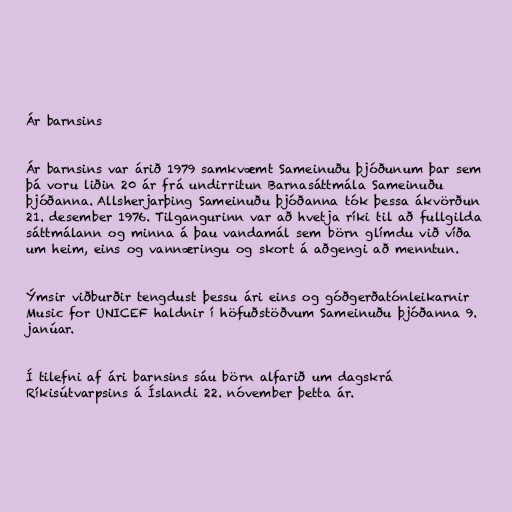
Ár barnsins

Ár barnsins var árið 1979 samkvæmt Sameinuðu þjóðunum þar sem
þá voru liðin 20 ár frá undirritun Barnasáttmála Sameinuðu
þjóðanna. Allsherjarþing Sameinuðu þjóðanna tók þessa ákvörðun
21. desember 1976. Tilgangurinn var að hvetja ríki til að fullgilda
sáttmálann og minna á þau vandamál sem börn glímdu við víða
um heim, eins og vannæringu og skort á aðgengi að menntun.

Ýmsir viðburðir tengdust þessu ári eins og góðgerðatónleikarnir
Music for UNICEF haldnir í höfuðstöðvum Sameinuðu þjóðanna 9.
janúar.

Í tilefni af ári barnsins sáu börn alfarið um dagskrá
Ríkisútvarpsins á Íslandi 22. nóvember þetta ár.